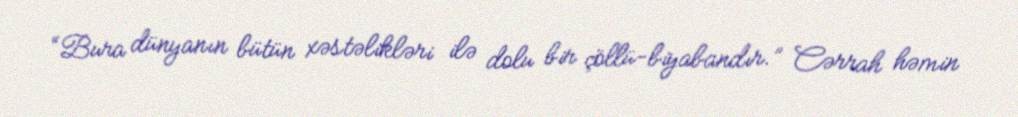
“Bura dünyanın bütün xəstəlikləri ilə dolu bir çöllü-biyabandır.” Cərrah həmin